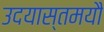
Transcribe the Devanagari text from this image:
उदयास्तमयौ